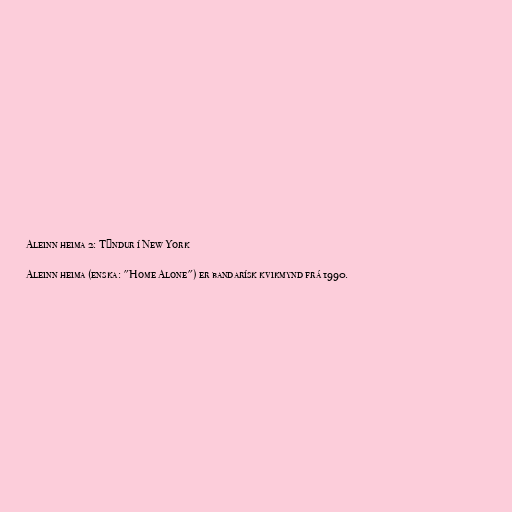
Aleinn heima 2: Týndur í New York

Aleinn heima (enska: "Home Alone") er bandarísk kvikmynd frá 1990.